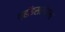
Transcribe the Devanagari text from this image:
व्हॉइसरॉयला